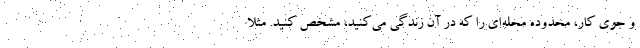
و جوی کار، محدوده محله‌ای را که در آن زندگی می‌کنید، مشخص کنید. مثلا